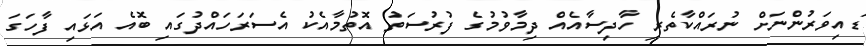
ޑައިވަރުންނަށް ނުރައްކާތެރި ހާދިސާއެއް ދިމާވުމުގެ ފުރުސަތު އޮތުމާއެކު އެސަރަހައްދުގައި ބޮއެ އަޅައި ފާހަގަ